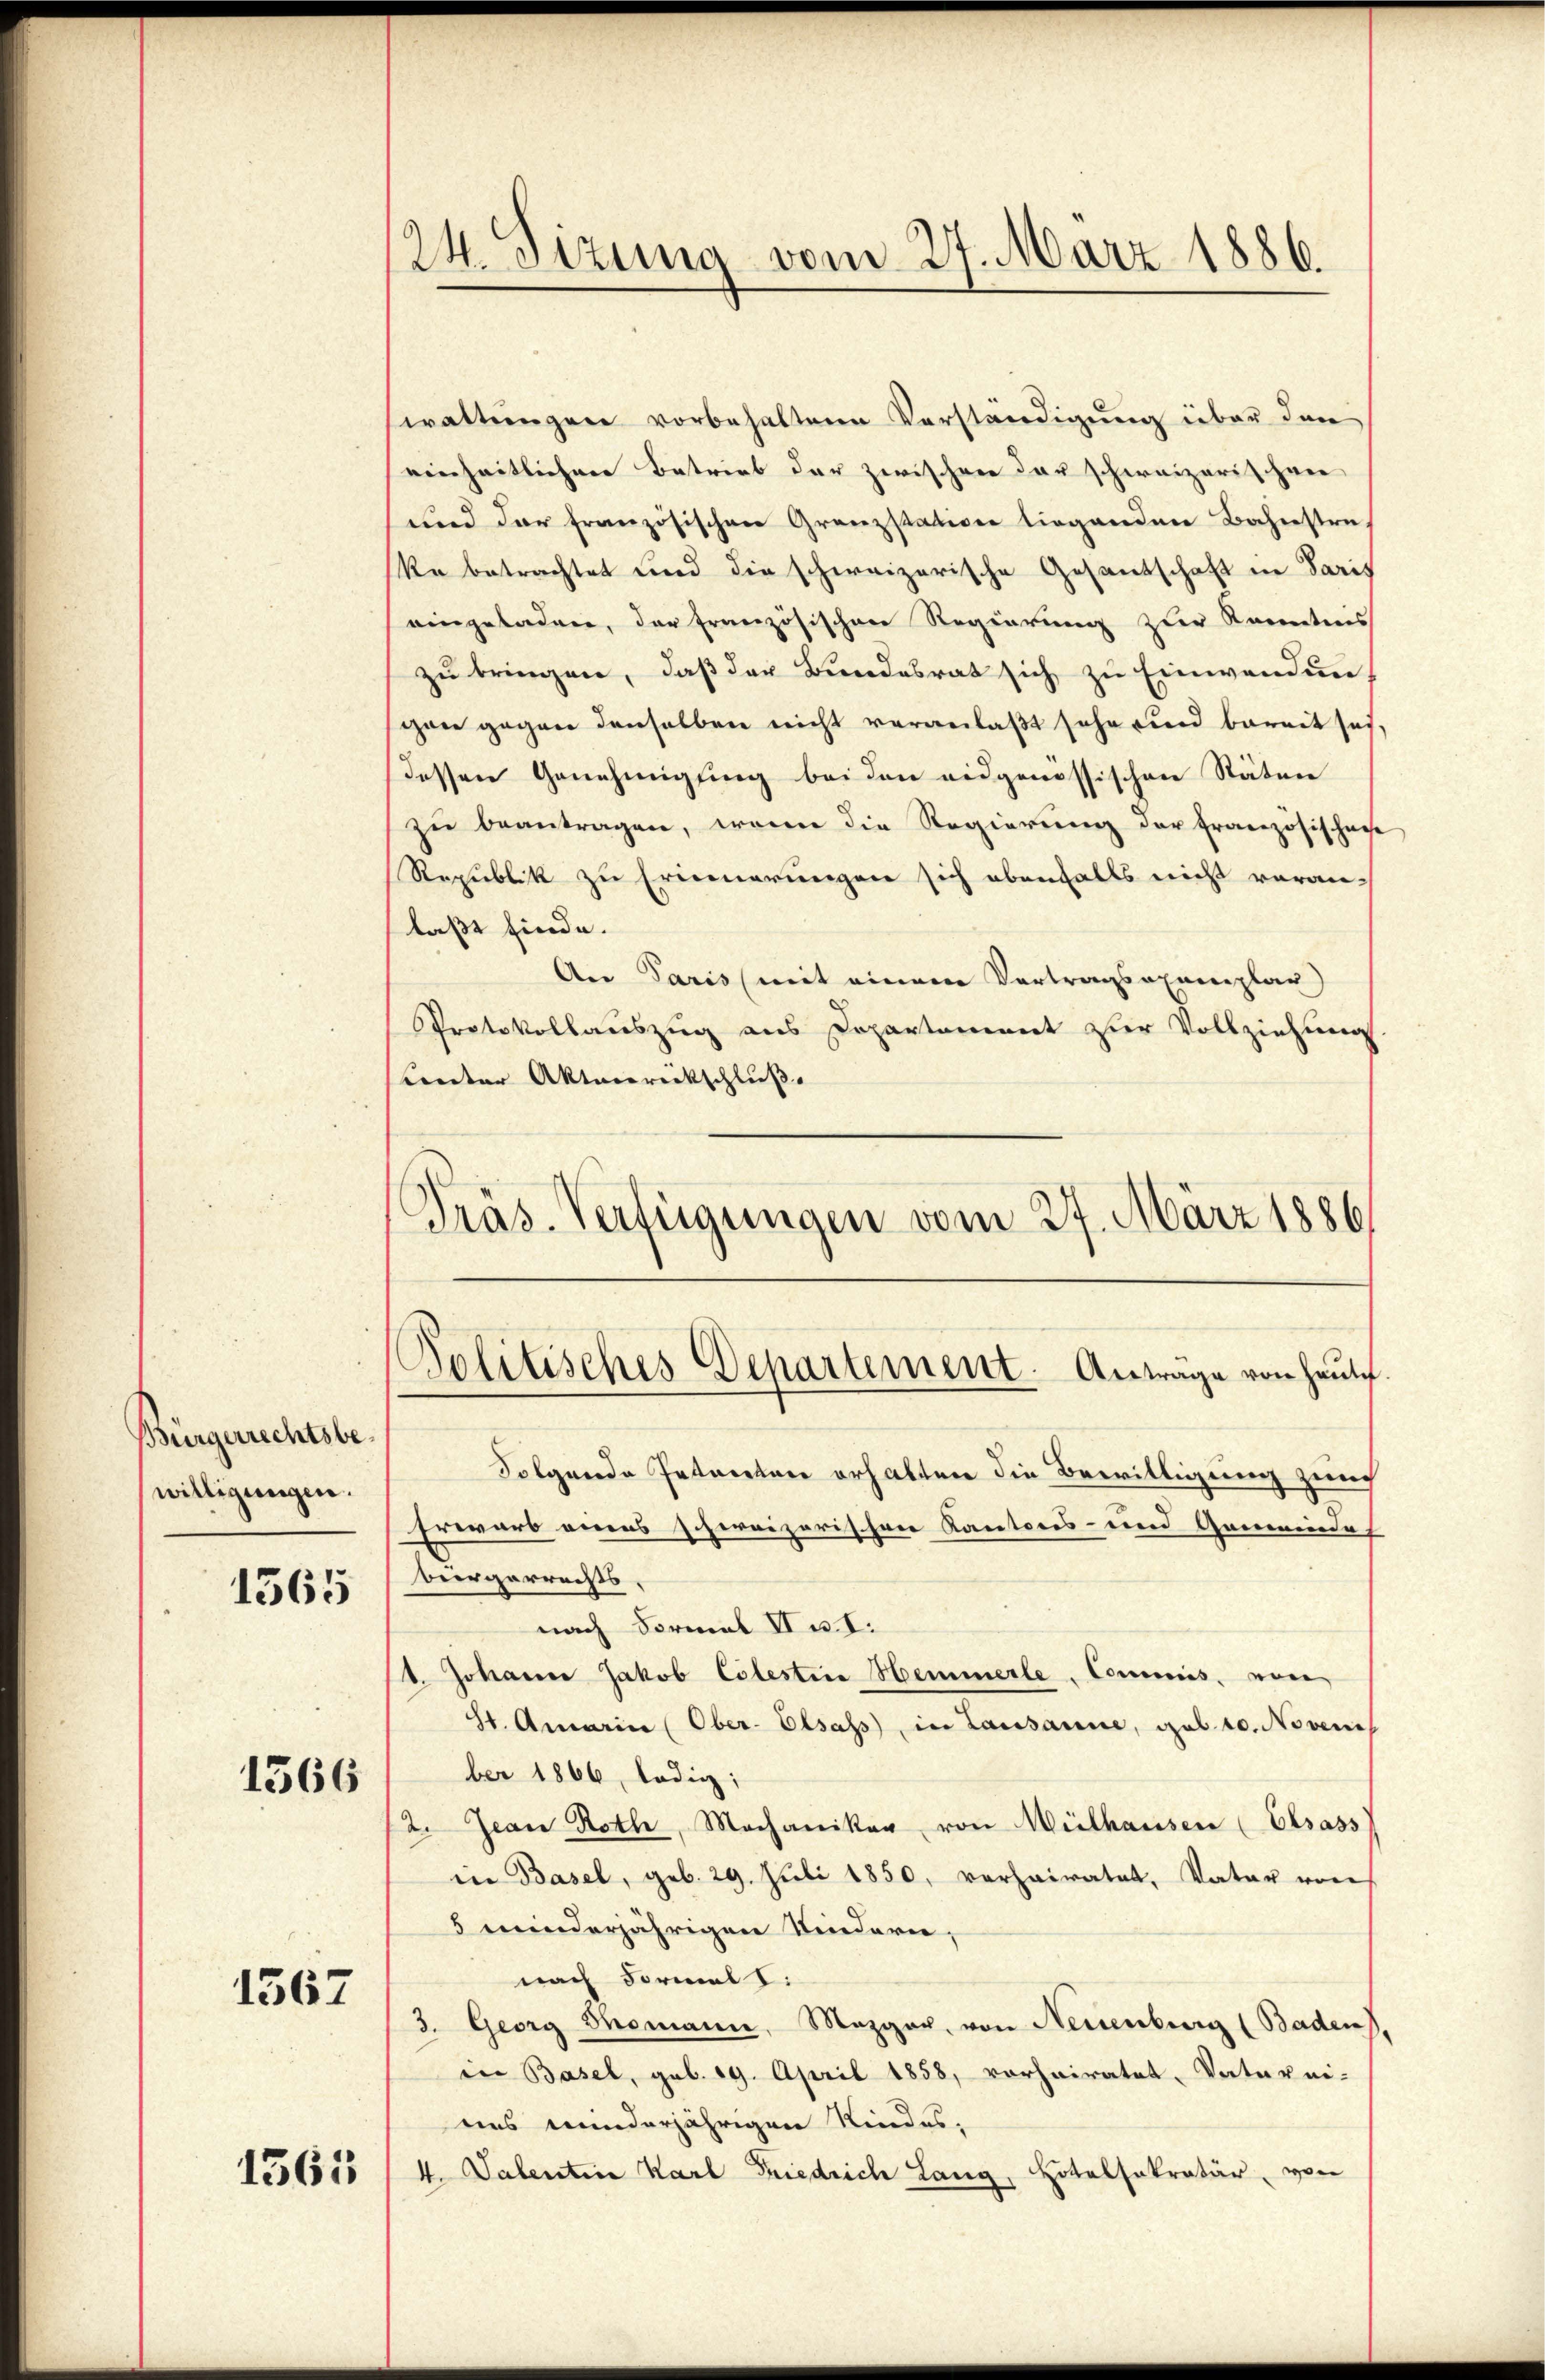
Bürgerrechtsbewilligungen.
1565

1566

1567

1361

24. Sizung vom 27. März 1886.

waltungen vorbehaltene Verständigung über den
einheitlichen Betrieb der zwischen der schweizerischen
und der französischen Granzstation liegenden Bahnstra
Ra betrachtet und die schweizerische Gesantschaft in Paris
eingeladen, der französischen Regierung zur Kenntnis
zu bringen, daß der Bundesrat sich zu Einwendunschon gegen denselben nicht veranlaßt sehe und bereit sei,
dessen Genehmigung bei den eidgenössischen Stäten
zŭ beantragen, wenn die Regierŭng der Französischeche
Republik zu Erinnerungen sich ebenfalls nicht voran-
laßt finde.
An Paris mit einem Vertragsexemplar)
Protokollauszug aus Departement zur Vollziehung
Center Aktenrickschluss.
Präs. Verfügungen vom 27. März 1886

Politisches Departement. Antrage von Heute

Folgende Petereten erhalten die Bewilligung zurch
Erwarb eines scherrizerischere Kantons- und Gemeinde
Bürgerrechts,
nach Formal II u. I.
t. Johannes Jakob Cölestire Hemmerle, Commis, von
St. Amerin (Ober- Elsass, in Lausanne, geb. 10. Noveni
ber 1866, ledig;
2. Jean Roth, Mechaniker von Mülhausen Elsass
in Basel, geb. 29. Juli 1850, verheiratet, Vater von
5 minderjährigen Kindern,
nach Formal I:
3. Georg Domann, Mezger, von Neuenburg (Baden,
in Basel, geb. 19. April 1858, vorhairatet, Vaterni-
uns minderjährigen Kindes,
4. Valentine Karl Friedrich Lang, Hotelsakratär, von